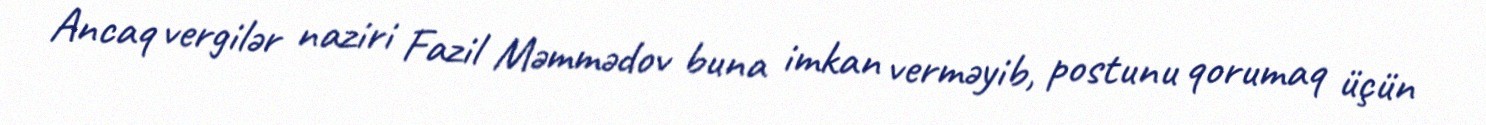
Ancaq vergilər naziri Fazil Məmmədov buna imkan verməyib, postunu qorumaq üçün